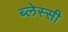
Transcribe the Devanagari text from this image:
ब्लेस्सी